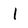
Character: l